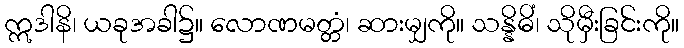
ဣဒါနိ၊ ယခုအခါ၌။ လောဏမတ္တံ၊ ဆားမျှကို။ သန္နိဓိံ၊ သိုမှီးခြင်းကို။